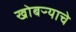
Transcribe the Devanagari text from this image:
खोबऱ्याचे